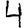
Digit: 4